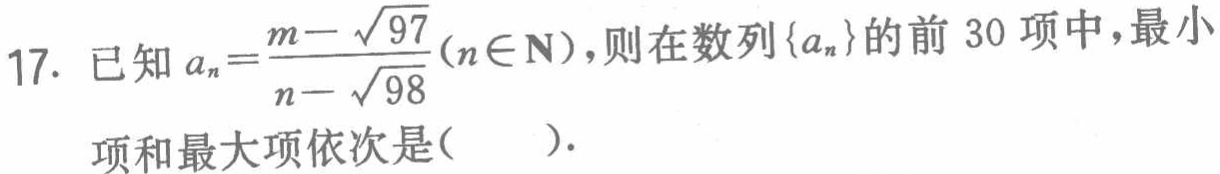
已知\(a_{n}=\frac{m - \sqrt{97}}{n - \sqrt{98}}(n\in\mathbf{N})\)，则在数列\(\{a_{n}\}\)的前\(30\)项中，最小项和最大项依次是( ).